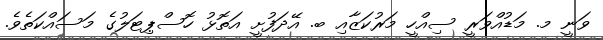
ވަނީ މ. މަޑުއްވަރީ ސިއްހީ މަރުކަޒާއި ބ. އޭދަފުށީ އަތޮޅު ހޮސްޕިޓަލުގެ މަސައްކަތެވެ.